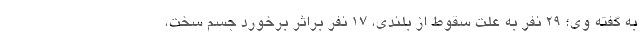
به گفته وی؛ ۲۹ نفر به علت سقوط از بلندی، ۱۷ نفر براثر برخورد جسم سخت،